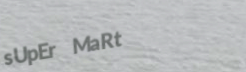
sUpEr MaRt